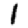
Digit: 1